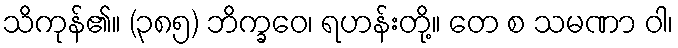
သိကုန်၏။ (၃၈၅) ဘိက္ခဝေ၊ ရဟန်းတို့။ တေ စ သမဏာ ဝါ၊